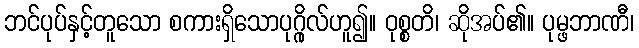
ဘင်ပုပ်နှင့်တူသော စကားရှိသောပုဂ္ဂိုလ်ဟူ၍။ ဝုစ္စတိ၊ ဆိုအပ်၏။ ပုမ္ဖဘာဏီ၊